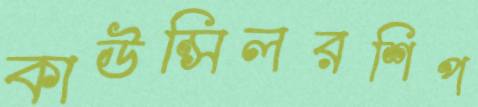
কাউন্সিলরশিপ